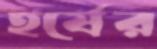
হর্ষের